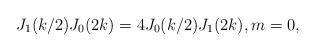
LaTeX: \begin{align*}J_1(k/2)J_0(2k) = 4 J_0(k/2)J_1(2k), m = 0,\end{align*}